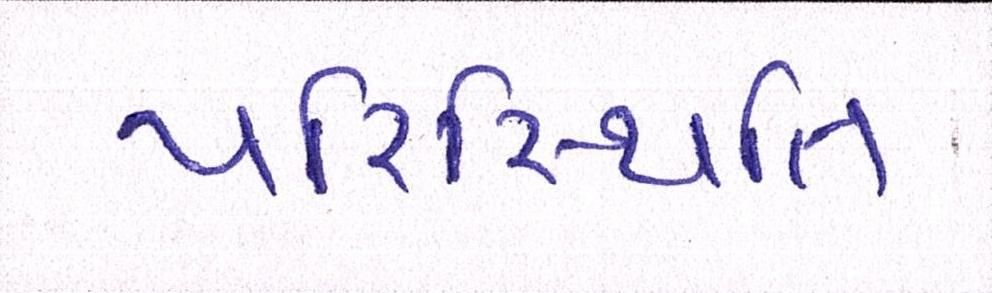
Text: પરિસ્થિતિ